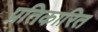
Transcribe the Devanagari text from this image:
प्रतिकारित